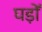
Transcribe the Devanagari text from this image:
घड़ोँ